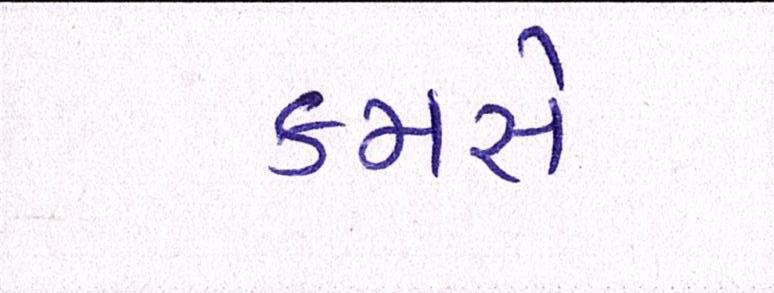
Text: કમસે